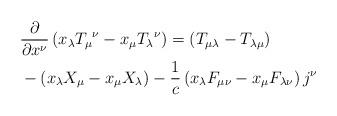
LaTeX: \begin{align*}& \frac{\partial}{\partial x^{\nu}}\left( x_{\lambda}T_{\mu}{}^{\nu}-x_{\mu}T_{\lambda}{}^{\nu}\right) =\left( T_{\mu\lambda}-T_{\lambda\mu}\right)\\& -\left( x_{\lambda}X_{\mu}-x_{\mu}X_{\lambda}\right) -\frac{1}{c}\left(x_{\lambda}F_{\mu\nu}-x_{\mu}F_{\lambda\nu}\right) j^{\nu}\end{align*}